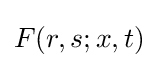
F(r,s;x,t)